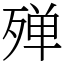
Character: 殚